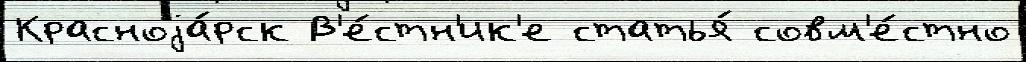
Красноjа́рск В'е́стн'ик'е статья́ совм'е́стно